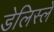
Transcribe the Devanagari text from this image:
डेलिस्ले